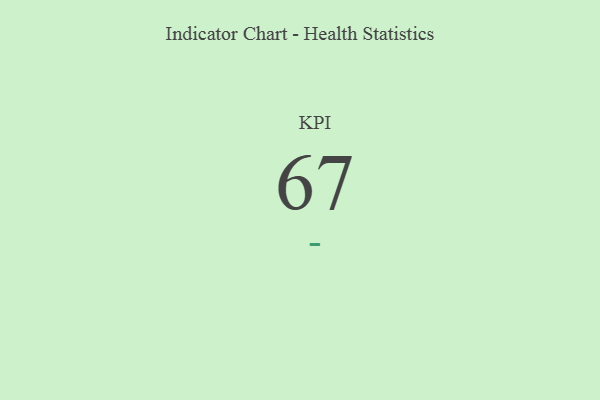
{"axis": {"x": "KPI", "y": "Value"}, "legend": [""], "data": [{"x": "KPI", "y": 67, "type": ""}]}